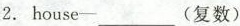
2. house-___(复数)